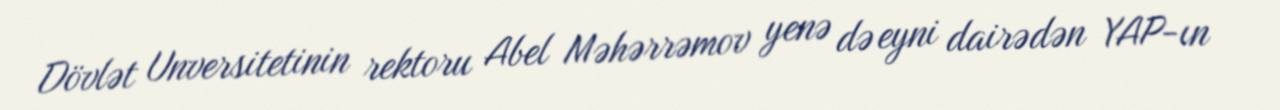
Dövlət Unversitetinin rektoru Abel Məhərrəmov yenə də eyni dairədən YAP-ın